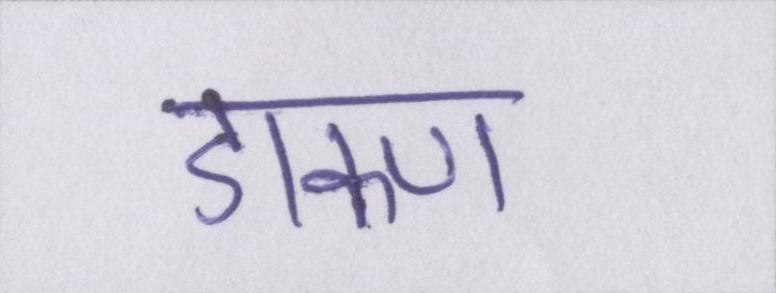
डाकण